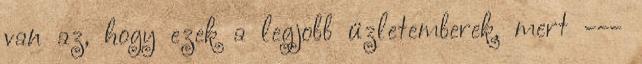
van az, hogy ezek a legjobb üzletemberek, mert ---